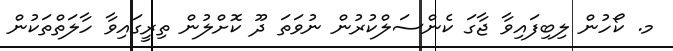
މ. ކޯހުން ލިބިފައިވާ ޖާގަ ކެންސަލްކުރުން ނުވަތަ ދޫ ކޮށްލުން ތިރީގައިވާ ހާލަތްތަކުން